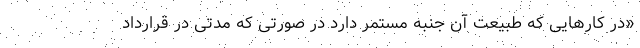
«در کارهایی که طبیعت آن جنبه مستمر دارد در صورتی که مدتی در قرارداد